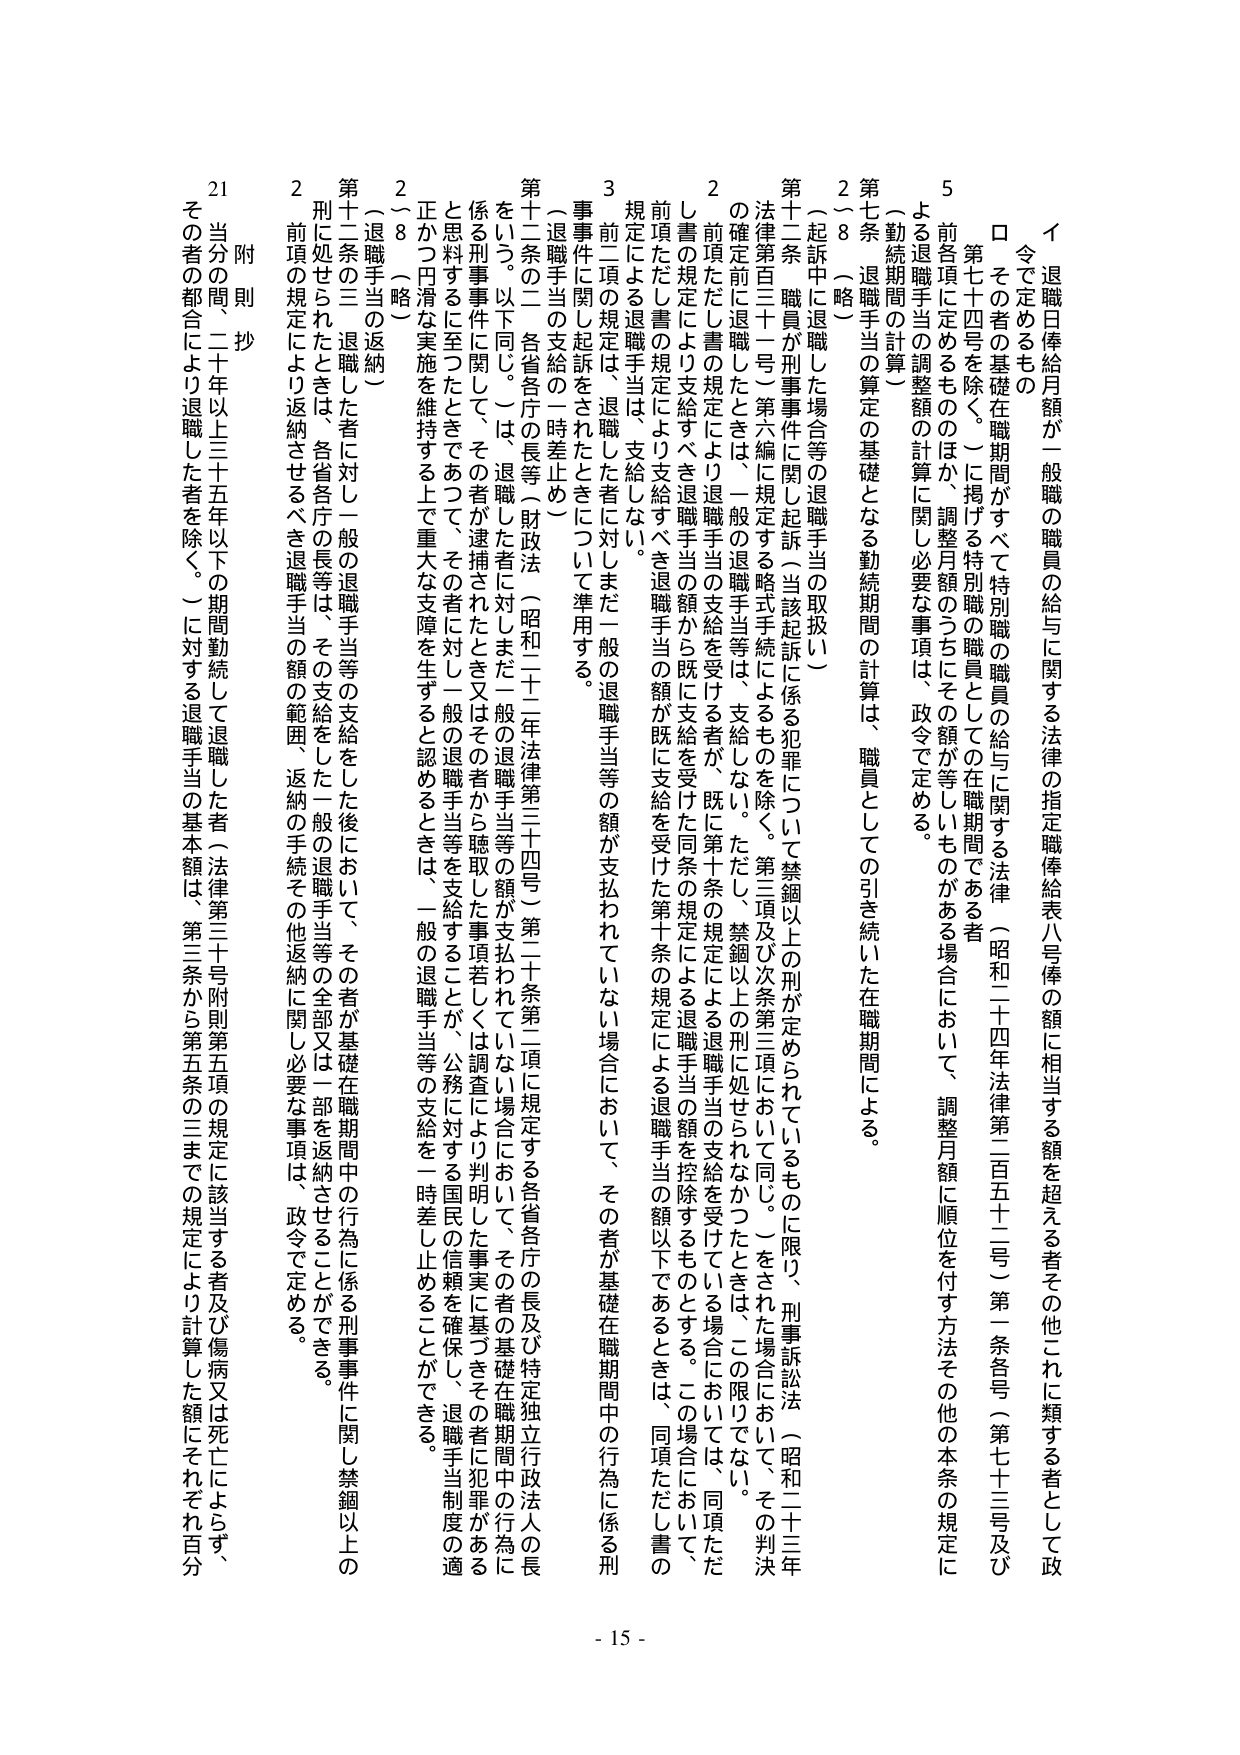
イ 退職日俸給月額が一般職の職員の給与に関する法律の指定職俸給表八号俸の額に相当する額を超える者その他これに類する者として政令で定めるもの

ロ その者の基礎在職期間がすべて特別職の職員の給与に関する法律（昭和二十四年法律第二百五十二号）第一条各号（第七十三条及び第七十四条を除く。）に掲げる特別職の職員としての在職期間である者

5 前各項に定めるもののほか、調整月額のうちにその額が等しいものがある場合において、調整月額に順位を付す方法その他の本条の規定による退職手当の調整額の計算に関し必要な事項は、政令で定める。

（勤続期間の計算）

第七条 退職手当の算定の基礎となる勤続期間の計算は、職員としての引き続いた在職期間による。

2～8（略）

（起訴中に退職した場合等の退職手当の取扱い）

第十二条 職員が刑事事件に関し起訴（当該起訴に係る犯罪について禁錮以上の刑が定められているものに限り、刑事訴訟法（昭和二十三年法律第百三十一号）第六編に規定する略式手続によるものを除く。第三項及び次条第三項において同じ。）をされた場合において、その判決の確定前に退職したときは、一般の退職手当等は、支給しない。ただし、禁錮以上の刑に処せられなかったときは、この限りでない。

2 前項ただし書の規定により退職手当の支給を受ける者が、既に第十条の規定による退職手当の支給を受けている場合においては、同項ただし書の規定により支給すべき退職手当の額から既に支給を受けた同条の規定による退職手当の額を控除するものとする。この場合において、前項ただし書の規定により支給すべき退職手当の額が既に支給を受けた第十条の規定による退職手当の額以下であるときは、同項ただし書の規定による退職手当は、支給しない。

3 前二項の規定は、退職した者に対しまた一般の退職手当等の額が支払われていない場合において、その者が基礎在職期間中の行為に係る刑事事件に関し起訴をされたときについて準用する。

（退職手当の支給の一時差止め）

第十二条の二 各省各庁の長等（財政法（昭和二十一年法律第三十四号）第二十条第二項に規定する各省各庁の長及び特定独立行政法人の長をいう。以下同じ。）は、退職した者に対しまた一般の退職手当等の額が支払われていない場合において、その者が基礎在職期間中の行為に係る刑事事件に関して、その者が逮捕されたとき又はその者が聴取した事項若しくは調査により判明した事実に基づきその者が犯罪があると思料するに至ったときであって、その者に対し一般の退職手当等を支給することか、公務に対する国民の信頼を確保し、退職手当制度の適正かつ円滑な実施を維持する上で重大な支障を生ずると認めとき、一般の退職手当等の支給を一時差し止めることができる。

2～8（略）

（退職手当の返納）

第十二条の三 退職した者に対し一般の退職手当等の支給をした後において、その者が基礎在職期間中の行為に係る刑事事件に関し禁錮以上の刑に処せられたときは、各省各庁の長等は、その支給をした一般の退職手当等の全部又は一部を返納させることができる。

2 前項の規定により返納させるべき退職手当の額の範囲、返納の手続その他返納に関し必要な事項は、政令で定める。

附則 抄

21 当分の間、二十年以上三十五年以下の期間勤続して退職した者（法律第三十号附則第五項の規定に該当する者及び傷病又は死亡によらず、その者の都合により退職した者を除く。）に対する退職手当の基本額は、第三条から第五条の三までの規定により計算した額にそれぞれ百分

- 15 -